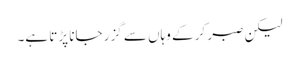
لیکن صبر کر کے وہاں سے گزر جانا پڑتا ہے۔